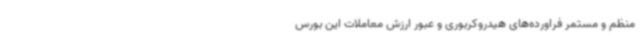
منظم و مستمر فراورده‌های هیدروکربوری و عبور ارزش معاملات این بورس